Civil Veterinary Dept. Assam report 1927-50 - 1927-1950
Year: 1927
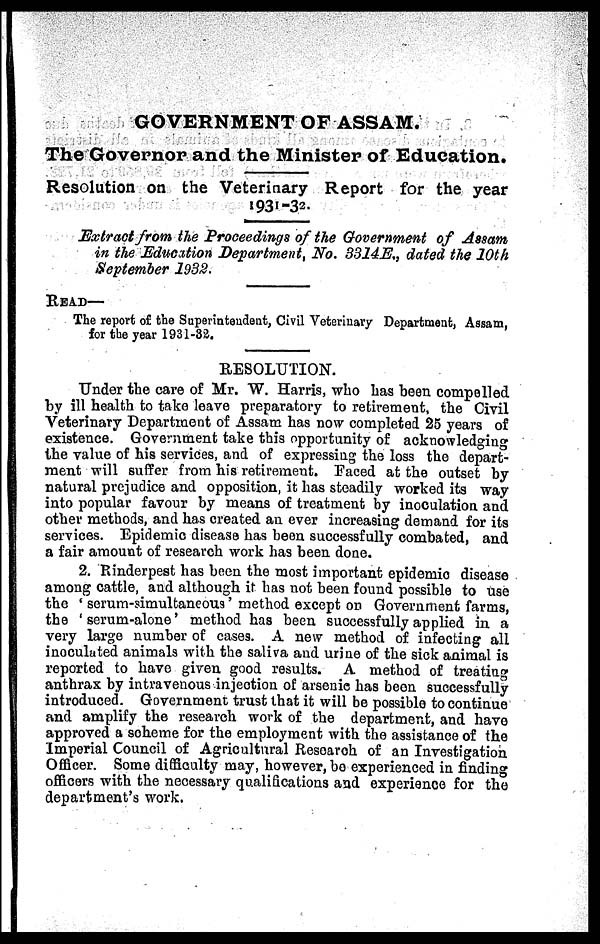
GOVERNMENT OF ASSAM.
The Governor and the Minister of Education.
Resolution on the Veterinary Report for the year
1931-32.
Extract from the Proceedings of the Government of Assam
in the Education Department, No. 3314E., dated the 10th
September 1932.
READ—
The report of the Superintendent, Civil Veterinary Department, Assam,
for the year 1931-32.
RESOLUTION.
Under the care of Mr. W. Harris, who Las been compelled
by ill health to take leave preparatory to retirement, the Civil
Veterinary Department of Assam has now completed 25 years of
existence. Government take this opportunity of acknowledging
the value of his services, and of expressing the loss the depart-
rnent will suffer from his retirement. Faced at the outset by
natural prejudice and opposition, it has steadily worked its way
into popular favour by means of treatment by inoculation and
other methods, and has created an ever increasing demand for its
services. Epidemic disease has been successfully combated, and
a fair amount of research work has been done.
2. Rinderpest has been the most important epidemic disease
among cattle, and although it has not been found possible to use
the ' serum-simultaneous' method except on Government farms,
the 'serum-alone' method has been successfully applied in a
very largo number of cases. A new method of infecting all
inoculated animals with the saliva and urine of the sick animal is
reported to have given good results. A method of treating
anthrax by intravenous injection of arsenic has been successfully
introduced. Government trust that it will be possible to continue
and amplify the research work of the department, and have
approved a scheme for the employment with the assistance of the
Imperial Council of Agricultural Research of an Investigation
Officer. Some difficulty may, however, bo experienced in finding
officers with the necessary qualifications and experience for the
department's work.